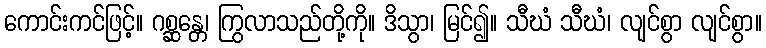
ကောင်းကင်ဖြင့်။ ဂစ္ဆန္တေ၊ ကြွလာသည်တို့ကို။ ဒိသွာ၊ မြင်၍။ သီဃံ သီဃံ၊ လျင်စွာ လျင်စွာ။